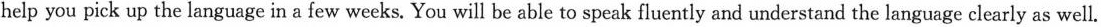
help you pick up the language in a few weeks. You will be able to speak fluently and understand the language clearly as well.